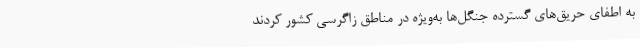
به اطفای حریق‌های گسترده جنگل‌ها به‌ویژه در مناطق زاگرسی کشور کردند